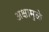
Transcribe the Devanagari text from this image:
अक्षामुळे